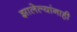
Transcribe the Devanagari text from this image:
झालेल्यांनाही